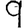
Digit: 9